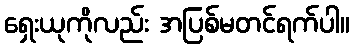
ရှေးယုကိုလည်း အပြစ်မတင်ရက်ပါ။